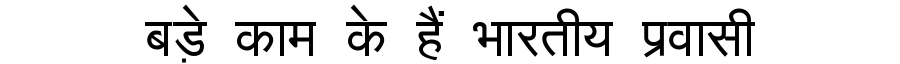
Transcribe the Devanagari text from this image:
बड़े काम के हैं भारतीय प्रवासी